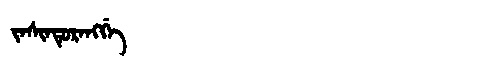
Manchu: ᠵᠠᠰᡳᠨᡩᡠᡵᠠᠩᡤᡝ
Romanization: JASINDURANGGE